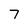
Character: 7